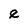
Character: e